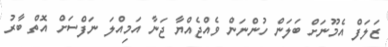
ޒަލަފް އެމޫނަށް ބަލަން ހުންނަން ވެއްޖެއްޔާ ޖަނާ އަމިއްލަ ނަފްސަށް އޮތް ބާރު